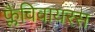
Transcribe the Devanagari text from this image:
फ्लैविवायरस